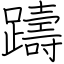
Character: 躊